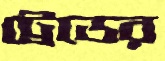
ট্রেডের